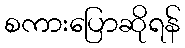
စကားပြောဆိုရန်